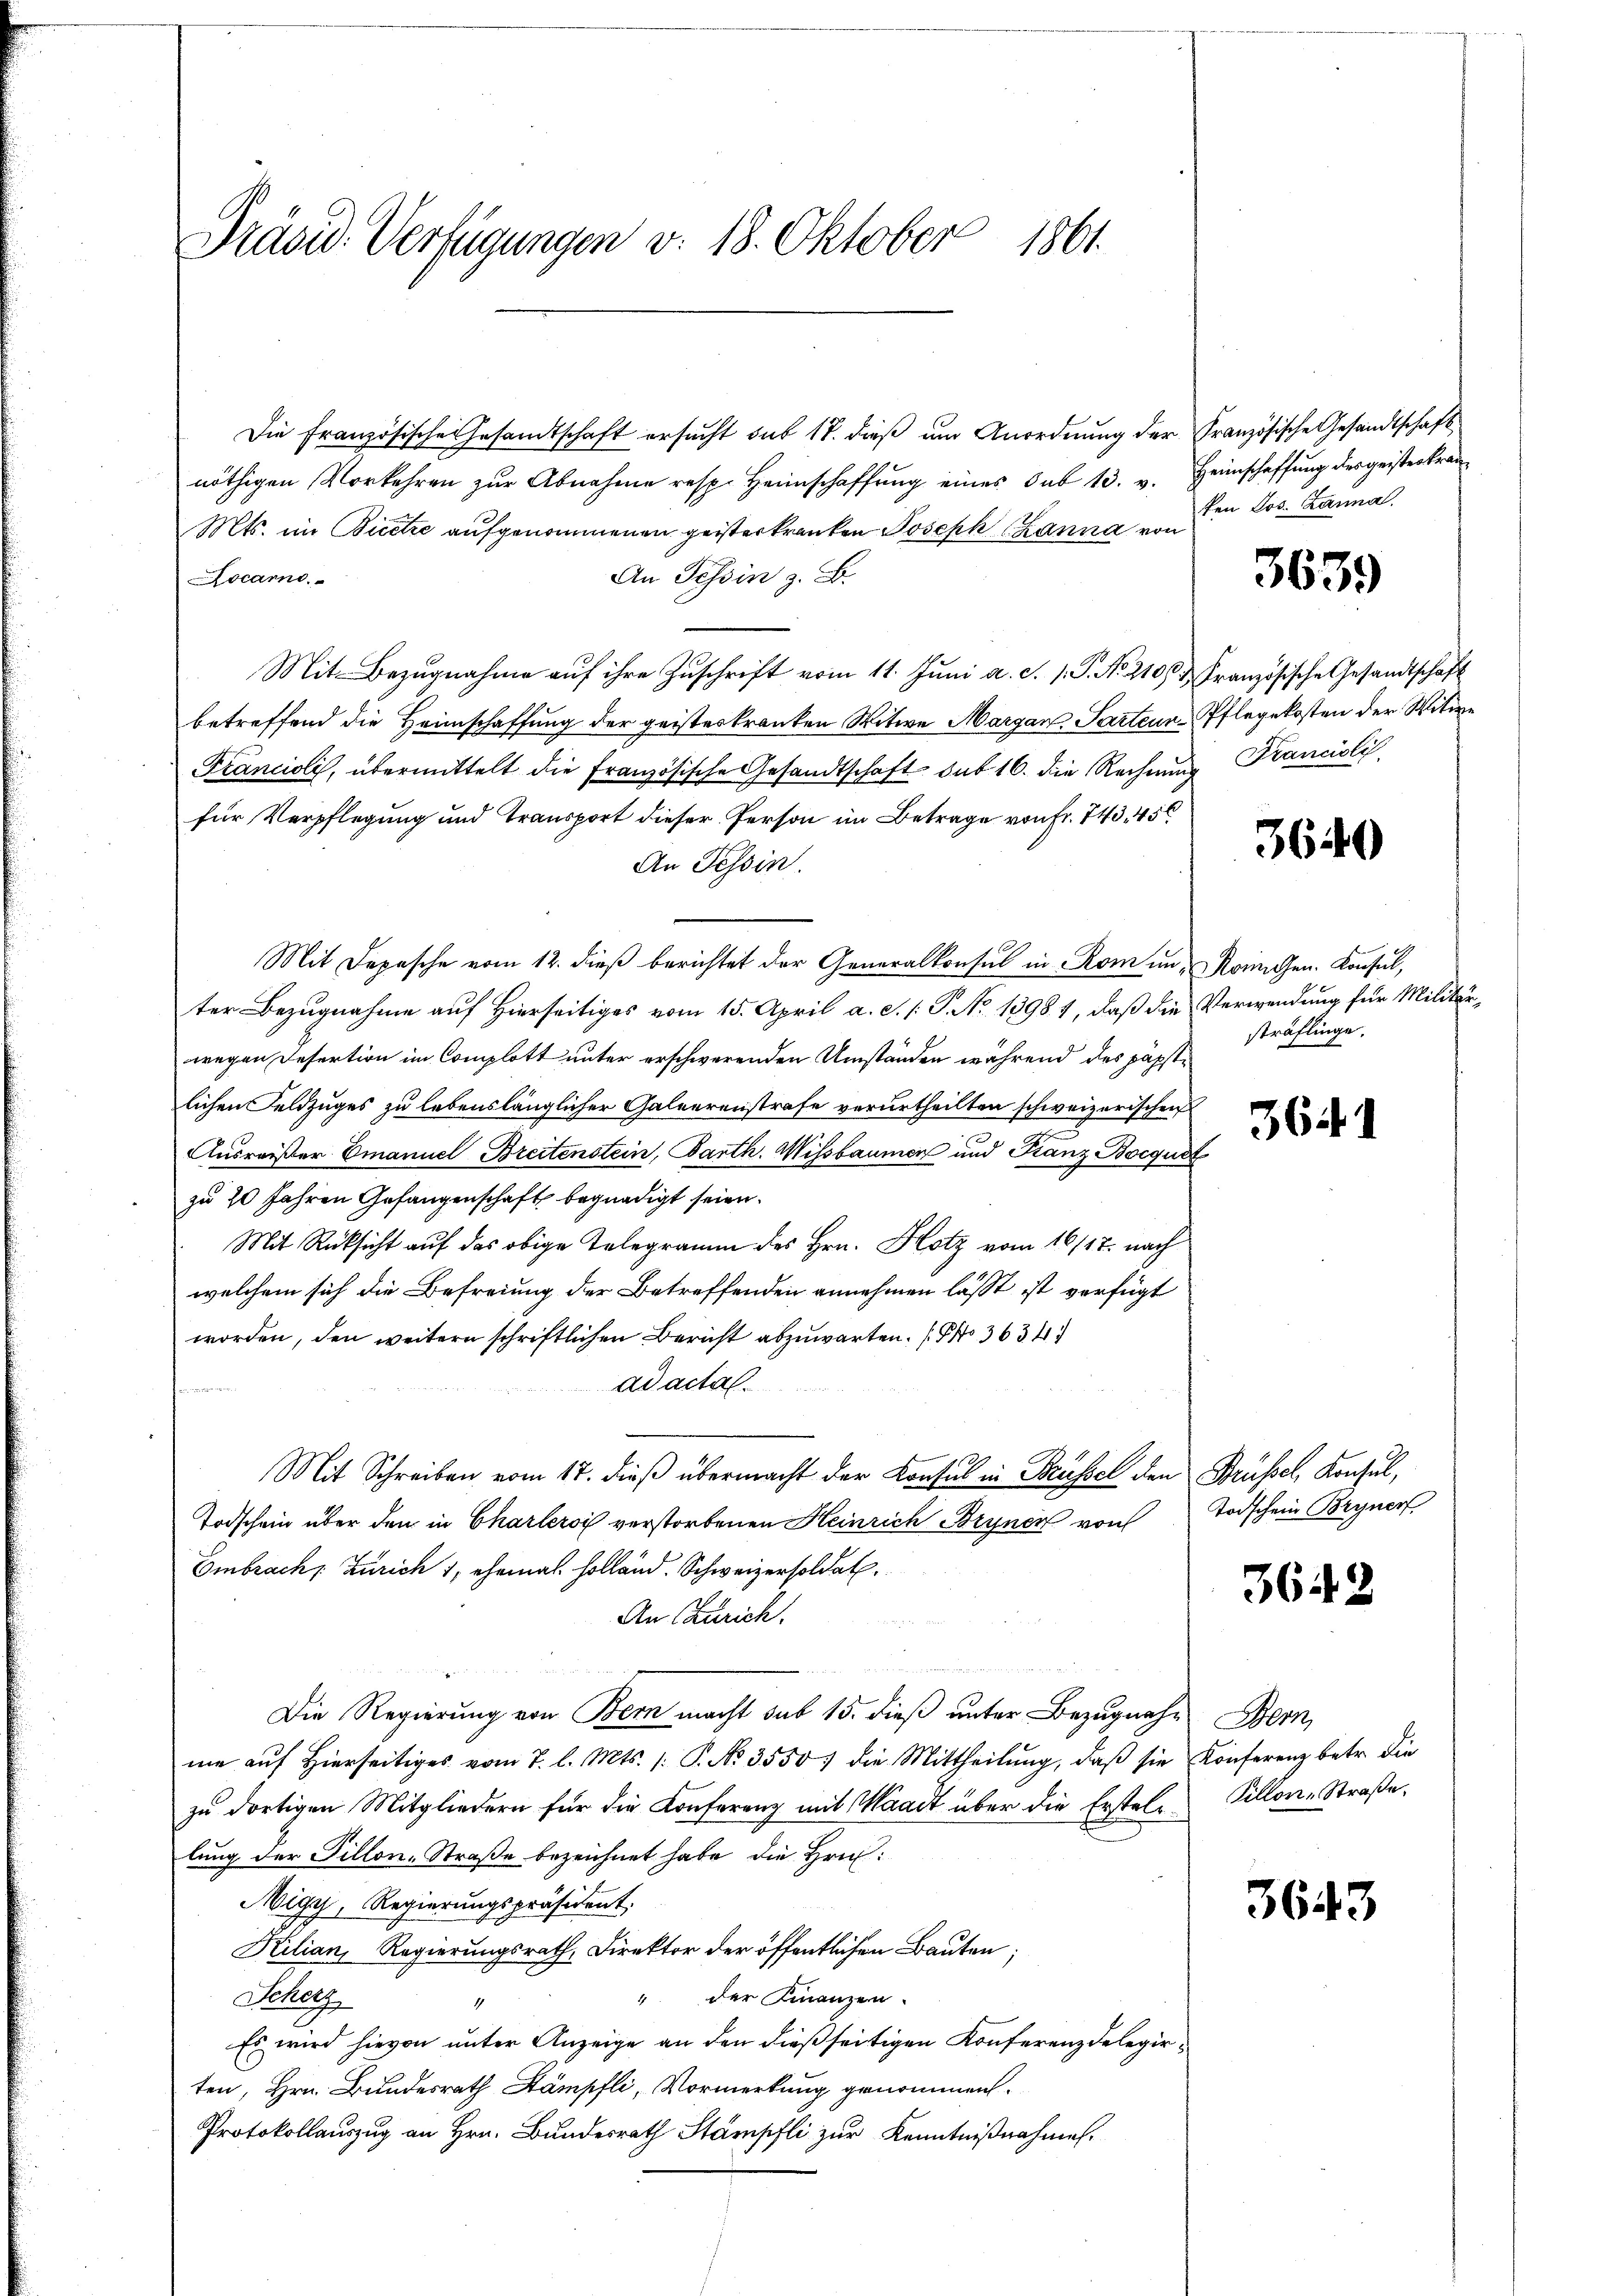
Präsid. Verfügungen v. 18. Oktober 1861.

Die französische Gesandtschaft ersucht sub 18. dieß um Anordnung der Französische Gesandtschaft
nöthigen Vorkehren zur Abnahme resp. Heimschaffung eines Sub 13. v. Heimschaffung des geisterkran¬
Mts. im Bicetze aufgenommenen geisterkranken Joseph Lanna von
An Tessin z. B.
Locarno
Mit Bezugnahme auf ihre Zuschrift vom 11. Juni a. c. s. S. No. 210 & Französische Gesandtschaft
betreffend die Heimschaffung der geisteskranken Witwe Margan Parten Pflegekosten der Witwe
Francioli, übermittelt die französische Gesandtschaft sub 16. die Rechnung Francisli
für Verpflegung und Transport dieser Person im Betrage von Fr. 743. 456
An Tessin.
Mit Depesche vom 12. dieß berichtet der Generalkonsul in Rom in Kochen. Konsul,
ter Bezugnahme auf Hierseitiges vom 15. April a. d. 1. P. No. 1898 1, daß die Verwendung für Militärwegen Resertion im Complott unter erschwerenden Umständen während des päpstlichen Feldzuges zu lebenslänglicher Galeerenstrafe verurtheilten schweizerischen
Ausreißer Emanuel Breitenstein, Barth. Wissbaumen und Franz Bocquit
zu 20 Jahren Gefangenschaft begnadigt seien.
Mit Rücksicht auf das obige Telegramm des Hrn. Hotz vom 16/17. nach
welchem sich die Befreiung der Betreffenden annehmen lässt ist verfügt
worden, den weitern schriftlichen Bericht abzuwarten. (No 3634
ad actal
formen
Mit Schreiben vom 17. dieß übermacht der Konsul in Küssel den Brüssel, Konsul,
Todschein über den in Charlers verstorbenen Heinrich Bryner von
Embrach, Zürich 1, ehemal Holland. Schweizersoldat
An Zürich.
s
Die Regierung von Bern macht sub 15. dieß unter Bezugnahe Bern,
me auf hierseitiges vom 7. l. Mts. 1. P. No. 3550 die Mittheilŭng, daβ sie Konferenz betr. die
zŭ dortigen Mitgliedern für die Konferenz mit Waadt über die Erstel Pillon-Straβe,
lung der Fillon-Straße bezeichnet habe, die Hrn.
Nigy, Regierungspräsident.
Kilian, Regierungsrath, Direktor der öffentlichen Bauten;
" der Finanzen.
Scholz
4
Es wird hievon unter Anzeige an den dießseitigen Konferenz delegirten, Hrn. Bundesrath Stämpfli, Vormerkung genommen.
Protokollauszug an Hrn. Bundesrath Stämpfli zur Kenntnißnahmen.

ten Los. Zanna.

3639

3640

sträflinge.

3641

Todschein Bryner

3642

3643